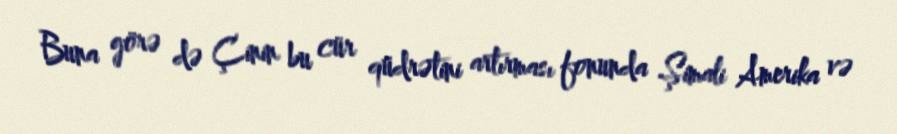
Buna görə də Çinin bu cür qüdrətini artırması fonunda Şimali Amerika və